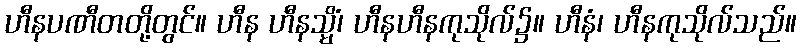
ဟီနပဏီတတို့တွင်။ ဟီန ဟီနသ္မိံ၊ ဟီနဟီနကုသိုလ်၌။ ဟီနံ၊ ဟီနကုသိုလ်သည်။